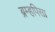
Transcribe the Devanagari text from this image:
ब्रम्हपिसा